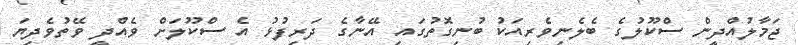
ޖަމާލުއްދީން ސްކޫލުގެ ބެލެނިވެރިއަކު ބުނިގޮތުގައި އޭނާގެ ދަރިފުޅު އެ ސްކޫލަށް ވެއްދީ ވޭތުވެދިޔަ